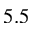
5 . 5